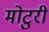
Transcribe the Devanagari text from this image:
मोटुरी